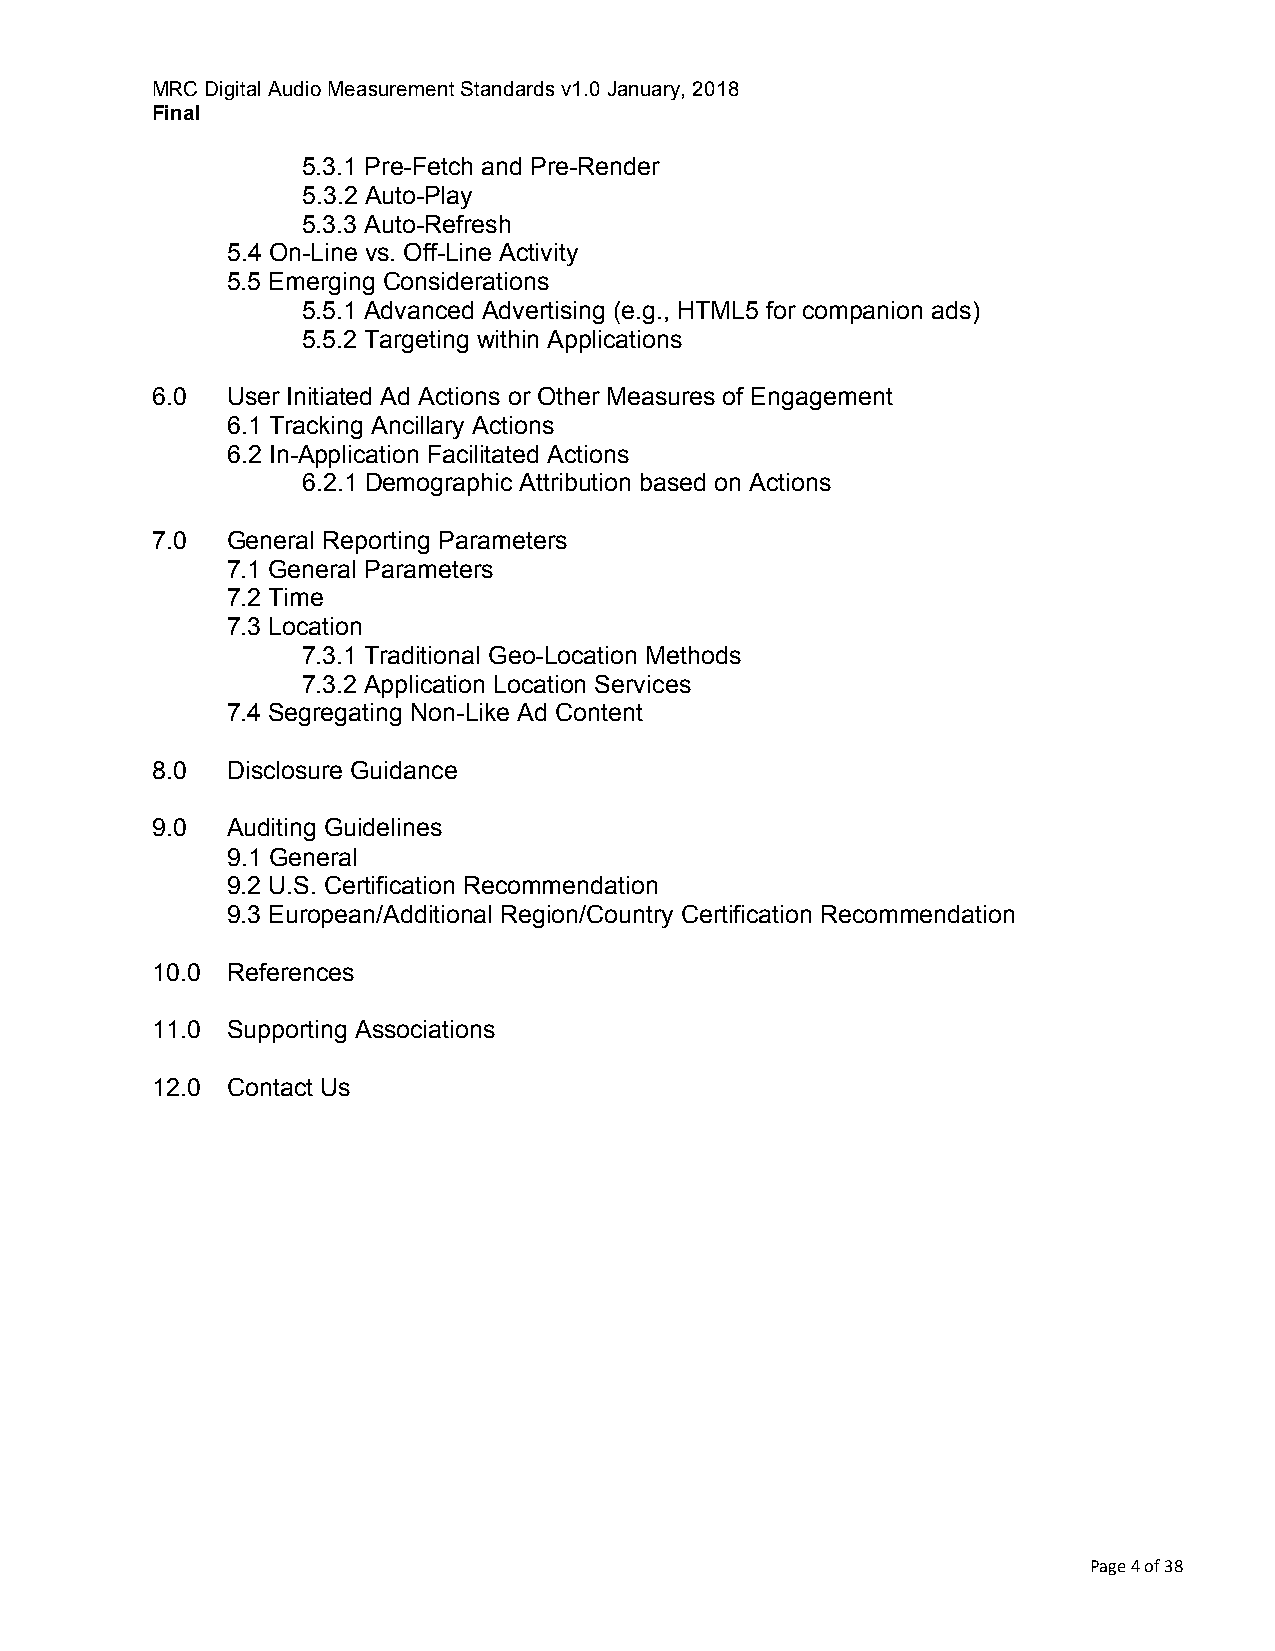
MRC Digital Audio Measurement Standards v1.0 January, 2018
 Final
 5.3.1 Pre-Fetch and Pre-Render
 5.3.2 Auto-Play
 5.3.3 Auto-Refresh
 5.4 On-Line vs. Off-Line Activity
 5.5 Emerging Considerations
 5.5.1 Advanced Advertising (e.g., HTML5 for companion ads)
 5.5.2 Targeting within Applications
 6.0  User Initiated Ad Actions or Other Measures of Engagement
 6.1 Tracking Ancillary Actions
 6.2 In-Application Facilitated Actions
 6.2.1 Demographic Attribution based on Actions
 7.0  General Reporting Parameters
 7.1 General Parameters
 7.2 Time
 7.3 Location
 7.3.1 Traditional Geo-Location Methods
 7.3.2 Application Location Services
 7.4 Segregating Non-Like Ad Content
 8.0  Disclosure Guidance
 9.0  Auditing Guidelines
 9.1 General
 9.2 U.S. Certification Recommendation
 9.3 European/Additional Region/Country Certification Recommendation
 10.0 References
 11.0 Supporting Associations
 12.0 Contact Us
 Page 4 of 38